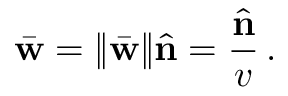
\bar { \bf w } = \| \bar { \bf w } \| \hat { \bf n } = \frac { \hat { \bf n } } { v } \, .